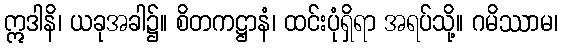
ဣဒါနိ၊ ယခုအခါ၌။ စိတကဋ္ဌာနံ၊ ထင်းပုံရှိရာ အရပ်သို့။ ဂမိဿာမ၊